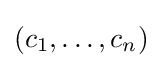
(c_{1},\dots ,c_{n})